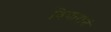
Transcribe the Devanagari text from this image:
विचारानं